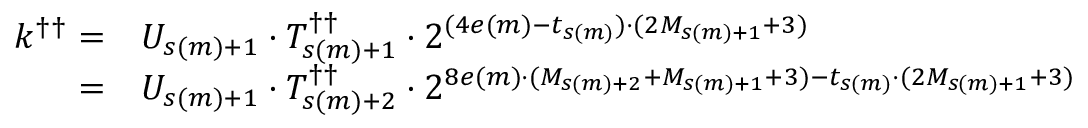
\begin{array} { r l } { k ^ { \dagger \dagger } = } & { U _ { s ( m ) + 1 } \cdot T _ { s ( m ) + 1 } ^ { \dagger \dagger } \cdot 2 ^ { ( 4 e ( m ) - t _ { s ( m ) } ) \cdot ( 2 M _ { s ( m ) + 1 } + 3 ) } } \\ { = } & { U _ { s ( m ) + 1 } \cdot T _ { s ( m ) + 2 } ^ { \dagger \dagger } \cdot 2 ^ { 8 e ( m ) \cdot ( M _ { s ( m ) + 2 } + M _ { s ( m ) + 1 } + 3 ) - t _ { s ( m ) } \cdot ( 2 M _ { s ( m ) + 1 } + 3 ) } } \end{array}